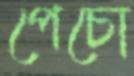
পেচো